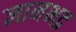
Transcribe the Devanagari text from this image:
ज्ञानभद्र